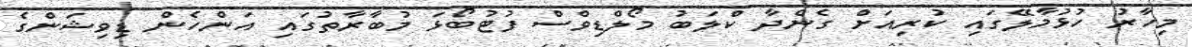
މިހާރު ހުޅުމާލޭގައި ކުރިއަށް ގެންދާ ކްލަބު މޯލްޑިވްސް ފުޓުބޯޅަ މުބާރާތުގައި އަންހެން ޑިވިޝަންގެ